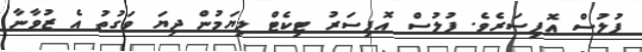
ފުލުސް އޮފިސަރެވެ. ފުލުސް އޮފިސަރު ޓިކެޓް ލިޔަމުން ދިޔަ ވަގުތު އެ ޒުވާނާ